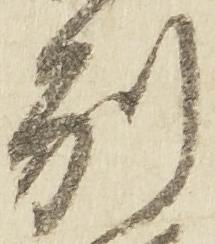
別